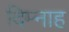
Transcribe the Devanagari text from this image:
दिम्नाह